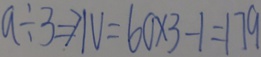
a \div 3 \Rightarrow N = 6 0 \times 3 - 1 = 1 7 9